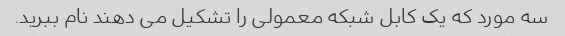
سه مورد که یک کابل شبکه معمولی را تشکیل می دهند نام ببرید.